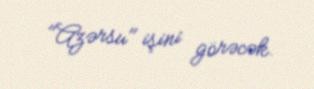
"Azərsu" işini görəcək.